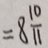
= 8 \frac { 1 0 } { 1 1 }